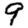
Digit: 9